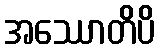
အဿောတိပိ